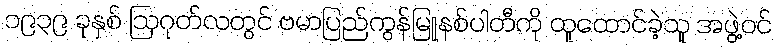
၁၉၃၉ ခုနှစ် ဩဂုတ်လတွင် ဗမာပြည်ကွန်မြူနစ်ပါတီကို ထူထောင်ခဲ့သူ အဖွဲ့ဝင်